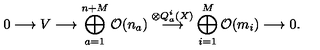
0 \longrightarrow V \longrightarrow \bigoplus _ { a = 1 } ^ { n + M } { \cal O } ( n _ { a } ) \stackrel { \otimes Q _ { a } ^ { i } ( X ) } { \longrightarrow } \bigoplus _ { i = 1 } ^ { M } { \cal O } ( m _ { i } ) \longrightarrow 0 .